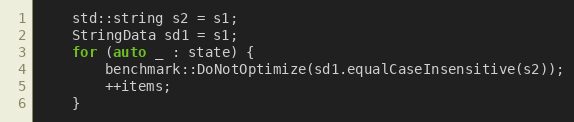
Language: C++
    std::string s2 = s1;
    StringData sd1 = s1;
    for (auto _ : state) {
        benchmark::DoNotOptimize(sd1.equalCaseInsensitive(s2));
        ++items;
    }